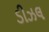
ડીઝલ